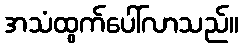
အသံထွက်ပေါ်လာသည်။